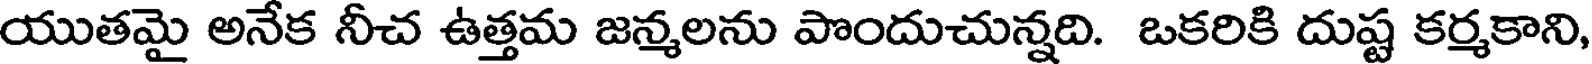
యుతమై అనేక నీచ ఉత్తమ జన్మలను పొందుచున్నది. ఒకరికి దుష్ట కర్మకాని,